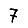
Digit: 7